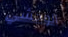
الوحشي